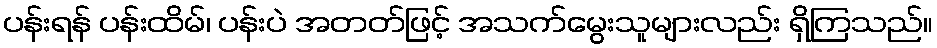
ပန်းရန် ပန်းထိမ်၊ ပန်းပဲ အတတ်ဖြင့် အသက်မွေးသူများလည်း ရှိကြသည်။